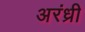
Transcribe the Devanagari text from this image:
अरंध्री